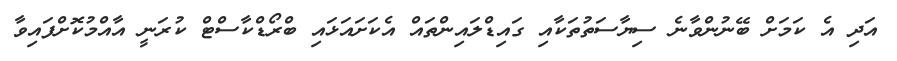
އަދި އެ ކަމަށް ބޭނުންވާނެ ސިިޔާސަތުތަކާއި ގައިޑްލައިންތައް އެކަށައަޅައި ބްރޯޑްކާސްޓް ކުރަނީ އާއްމުކޮށްފައިވާ